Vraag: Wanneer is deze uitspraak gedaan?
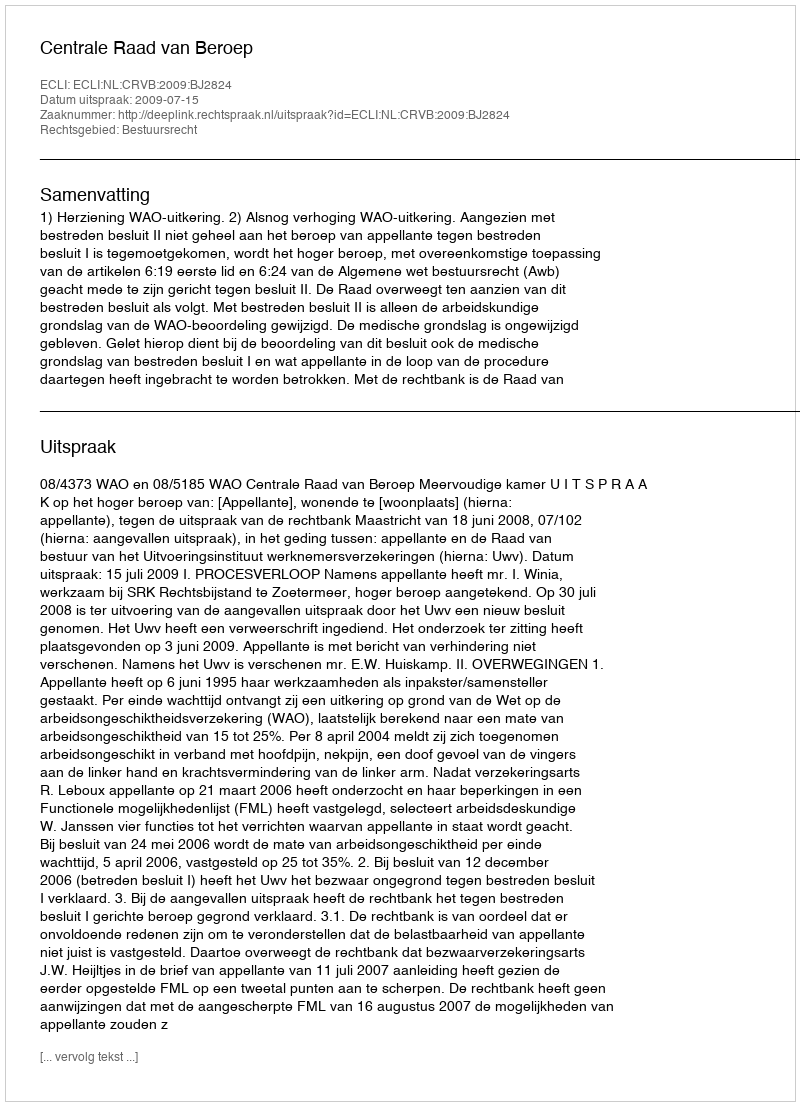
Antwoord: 2009-07-15